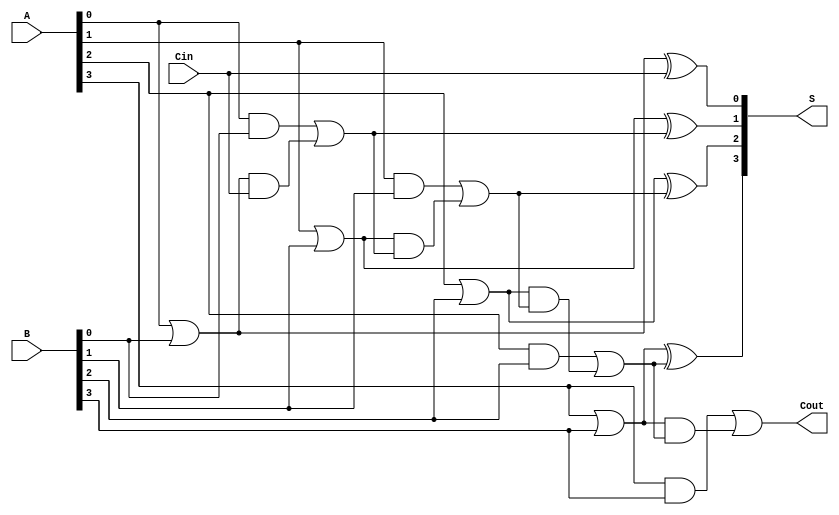
module RCLA #(
    parameter n = 4 // Size of the adder (number of bits)
)(
    input  [n-1:0] A,        // First n-bit binary number
    input  [n-1:0] B,        // Second n-bit binary number
    input         Cin,       // Carry input
    output [n-1:0] S,        // n-bit sum output
    output        Cout       // Carry output
);

    wire [n-1:0] G; // Generate
    wire [n-1:0] P; // Propagate
    wire [n:0] C;    // Carry signals

    // Generate and Propagate signals
    generate
        genvar i;
        for (i = 0; i < n; i = i + 1) begin : GP_GEN
            assign G[i] = A[i] & B[i];       // Generate
            assign P[i] = A[i] | B[i];       // Propagate
        end
    endgenerate

    // Carry Logic
    assign C[0] = Cin; // Initial carry input

    generate
        for (i = 0; i < n; i = i + 1) begin : CARRY_GEN
            assign C[i + 1] = G[i] | (P[i] & C[i]); // Carry calculation
        end
    endgenerate

    // Sum Calculation
    generate
        for (i = 0; i < n; i = i + 1) begin : SUM_GEN
            assign S[i] = P[i] ^ C[i]; // Sum output
        end
    endgenerate

    // Carry Output
    assign Cout = C[n]; // Final carry output

endmodule